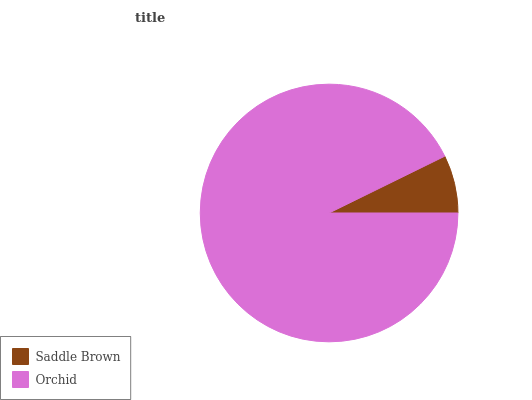
| Saddle Brown | Orchid |
 | --- | --- |
 | 7.25% | 92.7% |